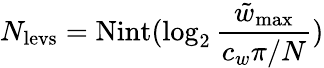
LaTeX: N_{\mathrm{levs}}=\mathrm{Nint}(\log_{2}\frac{\tilde{w}_{\mathrm{max}}}{c_{w}\pi/N})